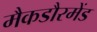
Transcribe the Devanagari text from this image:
मैकडौरमेंड